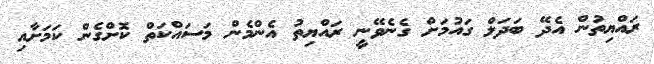
ރައްޔިތުން އެދޭ ބަދަލް ގައުމަށް ގެނެވޭނީ ރައްޔިތު އެންމެން މަސައްކަތް ކޮށްގެން ކަމަށާއި